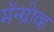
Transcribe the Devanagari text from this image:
मॅन्ग्रोव्ह